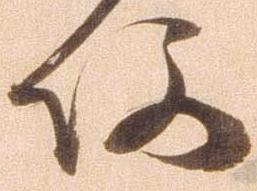
何